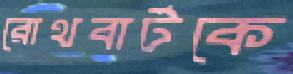
রোথবার্টকে